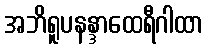
အဘိရူပနန္ဒာထေရီဂါထာ